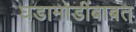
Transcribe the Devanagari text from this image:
घडामोडींबाबत